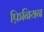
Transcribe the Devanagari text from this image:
फ़िनियन